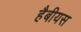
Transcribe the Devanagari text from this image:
हैबीयस